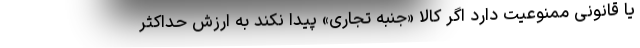
یا قانونی ممنوعیت دارد اگر کالا «جنبه تجاری» پیدا نکند به ارزش حداکثر